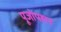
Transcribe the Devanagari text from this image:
पूजोपहार